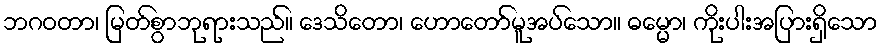
ဘဂဝတာ၊ မြတ်စွာဘုရားသည်။ ဒေသိတော၊ ဟောတော်မူအပ်သော။ ဓမ္မော၊ ကိုးပါးအပြားရှိသော